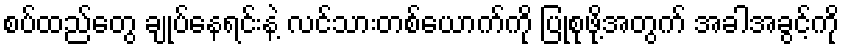
စပ်ထည်တွေ ချုပ်နေရင်းနဲ့ လင်သားတစ်ယောက်ကို ပြုစုဖို့အတွက် အခါအခွင့်ကို